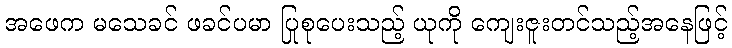
အဖေက မသေခင် ဖခင်ပမာ ပြုစုပေးသည့် ယုကို ကျေးဇူးတင်သည့်အနေဖြင့်